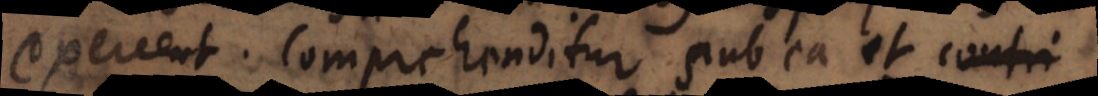
exercent. Comprehenditur sub ea et